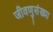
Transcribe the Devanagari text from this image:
जीवणुसंख्या